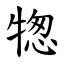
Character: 㹅